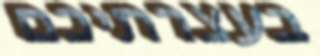
בעצרתיכם